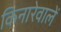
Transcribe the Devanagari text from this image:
किनारेवालें